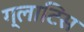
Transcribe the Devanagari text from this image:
ग्लाटिस